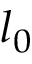
l _ { 0 }